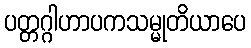
ပတ္တဂ္ဂါဟာပကသမ္မုတိယာပေ